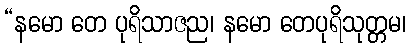
“နမော တေ ပုရိသာဇည၊ နမော တေပုရိသုတ္တမ၊